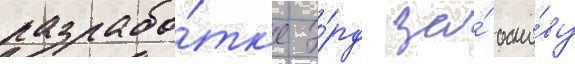
разрабо́тк'е э́рд за́ осно́ву